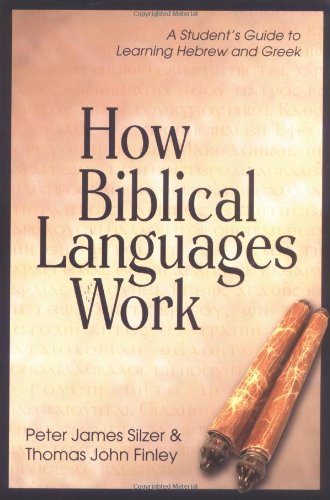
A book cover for How Biblical Languages Work: A Student's Guide to Learning Hebrew and Greek; Peter James Silzer; Christian Books & Bibles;